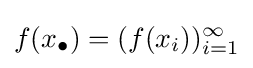
f(x_{\bullet })=(f(x_{i}))_{i=1}^{\infty }